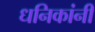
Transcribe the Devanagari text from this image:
धनिकांनी